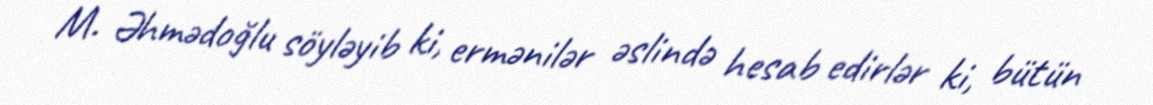
M. Əhmədoğlu söyləyib ki, ermənilər əslində hesab edirlər ki, bütün